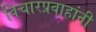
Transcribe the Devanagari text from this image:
विचारप्रवाहांनी